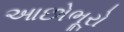
આછોભૂરો